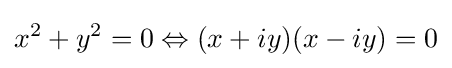
x^{2}+y^{2}=0\Leftrightarrow (x+iy)(x-iy)=0